system: You are a helpful assistant.
user:
Analyze the provided spectrum to determine if it is a **White Dwarf (WD)**.

A White Dwarf spectrum is defined by its **extreme purity** (due to gravitational settling) and/or **extreme pressure broadening** (due to high surface gravity). You must check for one of the following mutually exclusive signatures:

- **Key Visual Indicators (Check for ONE of these types):**

    - **1. DA-Type Signature (Most Common):**
        - **(Primary Feature):** Extreme pressure broadening (Stark broadening) of the **Hydrogen (H) Balmer lines**.
        - **(Key Lines):** $H\beta$ (approx. $4861$ Å) and $H\gamma$ (approx. $4340$ Å). $H\alpha$ (approx. $6563$ Å) will also be present if the wavelength range covers it.
        - **(Line Profile):** This is the **defining feature**. The lines are **NOT** sharp. They appear as massive, **extremely broad and deep "troughs" or "dips"** in the spectrum, often hundreds of Ångströms wide. The continuum will appear to "scoop" down at these wavelengths.
        - **(Distinction):** Normal A-type or B-type stars have *narrow* and *sharp* Hydrogen lines. A DA White Dwarf's lines are unmistakably "smeared" or "blurry" from pressure.

    - **2. DB-Type Signature:**
        - **(Primary Feature):** Broad absorption lines from **Neutral Helium (He I)**. The spectrum must lack any visible Hydrogen lines.
        - **(Key Lines):** Look for broad absorption near $4471$ Å, $4921$ Å, and $5876$ Å.
        - **(Line Profile):** These lines are also significantly pressure-broadened, appearing much wider than they would in a normal B-type main-sequence star.

    - **3. DC-Type Signature:**
        - **(Primary Feature):** A **featureless continuous spectrum**.
        - **(Line Profile):** The spectrum is a smooth curve with **no significant absorption or emission lines**.
        - **(Key Confirmation):** The continuum is almost always **blue or white**, indicating a hot object. This signature implies the atmosphere is so pure (or so cool) that no spectral lines are visible in the optical range. Its WD identity is confirmed by its extremely low intrinsic brightness (high absolute magnitude).

    - **4. DZ-Type Signature (Metal-Polluted):**
        - **(Primary Feature):** **Isolated, narrow metal absorption lines** on an otherwise featureless (DC-like) continuum.
        - **(Key Lines):** The **Calcium (Ca II) H & K doublet** (approx. **$3934$ Å** and **$3968$ Å**) is the most common and defining feature.
        - **(Line Profile):** These lines are "out of place." They are *not* part of a "forest" of thousands of lines. This signature is evidence of recent *accretion* (pollution) from rocky debris.
        - **(Distinction):** Normal G/K/M stars have a *dense forest* of thousands of metal lines. A DZ has a *clean* continuum with *only a few* strong metal lines.

    - **5. DQ-Type Signature (Carbon-Polluted):**
        - **(Primary Feature):** Absorption bands from **Carbon (C₂ "Swan Bands" or atomic C I)**.
        - **(Key Lines - C₂):** Look for bandheads with a "saw-tooth" shape near $5635$ Å, **$5165$ Å** (strongest), and $4737$ Å.
        - **(Key Confirmation):** The underlying **continuum must be blue or white** (hot).
        - **(Distinction):** This is the critical difference from a **Carbon Star**, which has the *exact same* C₂ bands but on an extremely **red, cool** continuum.

- **(Overall Spectrum):**
    - The continuum (overall shape) is typically **blue-sloping** (brighter in the blue than the red), as most white dwarfs are very hot.
    - The spectrum will look "pure" or "simple," dominated by only *one* of the five signatures listed above.

Think first, call **spectral_visualization_tool** if needed to examine features in detail, then provide your final answer. Your response must adhere to the following strict rules:
1.  **Overall Structure:** Your response must follow the format `<think>...</think> <tool_call>...</tool_call> (if a tool is used) <answer>...</answer>`.
2.  **Tool Usage Constraint:** You may only make **one** tool call per turn.
3.  **Final Answer Format:** In the `<answer>` tag, your conclusion must be inside a `\boxed{}` command (e.g., `\boxed{YES}` or `\boxed{NO}`), followed by your justification.

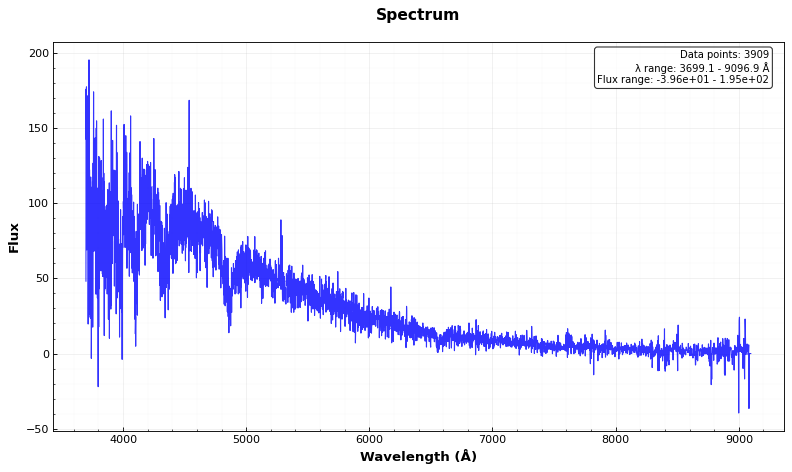
Answer: YES